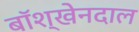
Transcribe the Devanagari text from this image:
बॉश्खेनदाल